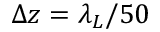
\Delta z = \lambda _ { L } / 5 0